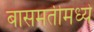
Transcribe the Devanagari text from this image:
बासमतीमध्ये